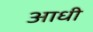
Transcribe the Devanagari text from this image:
अाधी